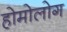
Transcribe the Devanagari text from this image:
होमोलोग